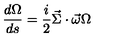
\frac { d \Omega } { d s } = \frac { i } { 2 } \vec { \Sigma } \cdot \vec { \omega } \Omega